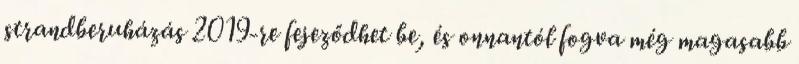
strandberuházás 2019-re fejeződhet be, és onnantól fogva még magasabb